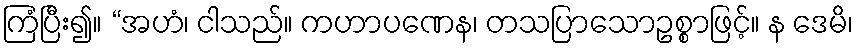
ကြံပြီး၍။ “အဟံ၊ ငါသည်။ ကဟာပဏေန၊ တသပြာသောဥစ္စာဖြင့်။ န ဒေမိ၊